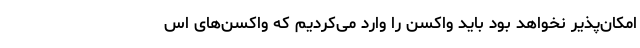
امکان‌پذیر نخواهد بود باید واکسن را وارد می‌کردیم که واکسن‌های اس